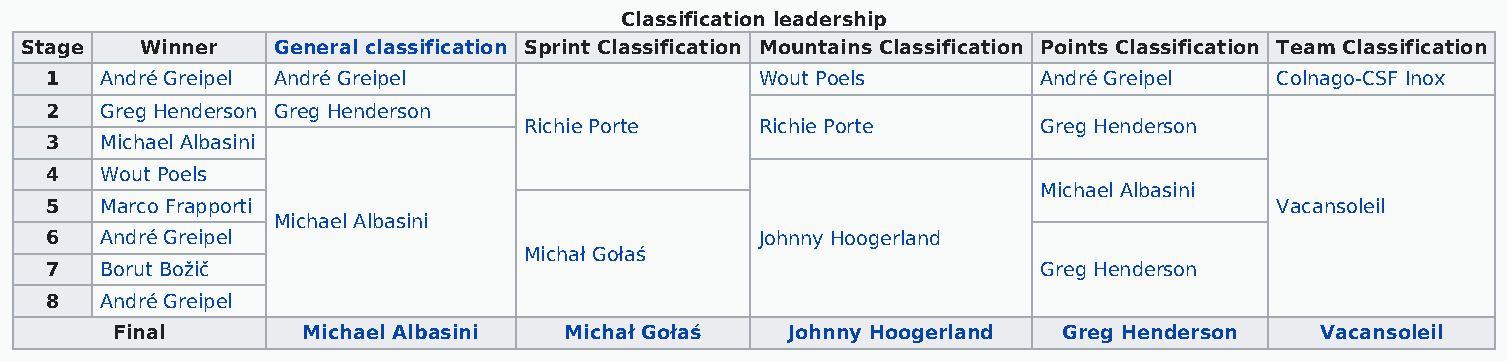
Classification leadership
 Stage   Winner   General classification Sprint Classification Mountains Classification Points Classification Team Classification
 1   André Greipel André Greipel                Wout Poels         André Greipel  Colnago-CSF Inox
 2   Greg Henderson Greg Henderson
 Richie Porte   Richie Porte       Greg Henderson
 3   Michael Albasini
 4   Wout Poels
 Michael Albasini
 5   Marco Frapporti                                                              Vacansoleil
 Michael Albasini
 6   André Greipel                              Johnny Hoogerland
 Michał Gołaś
 7   Borut Božič                                                   Greg Henderson
 8   André Greipel
 Final        Michael Albasini Michał Gołaś   Johnny Hoogerland Greg Henderson   Vacansoleil